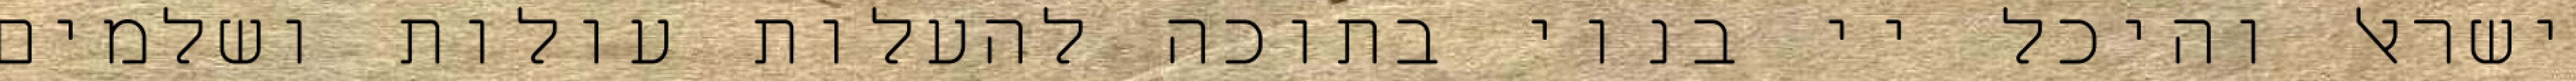
ישראל והיכל יי בנוי בתוכה להעלות עולות ושלמים